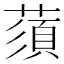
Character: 蕦